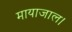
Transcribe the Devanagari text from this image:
मायाजाल।